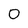
Character: 0